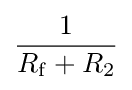
{\frac {1}{R_{\mathrm {f} }+R_{2}}}